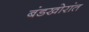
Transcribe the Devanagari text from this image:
बंडखोरांत